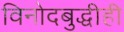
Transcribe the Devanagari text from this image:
विनोदबुद्धीही